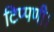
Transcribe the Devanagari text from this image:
टिप्पणी।